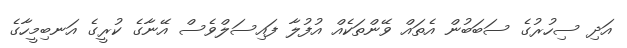
އަދި ސިހުރުގެ ސަބަބުން އެތައް ވޭންތަކެއް އުފުލާ ފައިސަލްވެސް އޭނާގެ ކުރީގެ އަނބިމީހާގެ